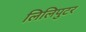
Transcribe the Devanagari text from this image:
लिलिपुटर